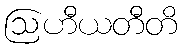
ဩဟီယတီတိ